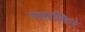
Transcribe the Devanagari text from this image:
गामलिन